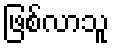
ဖြစ်လာသူ